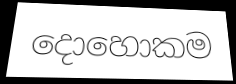
දොහොකම